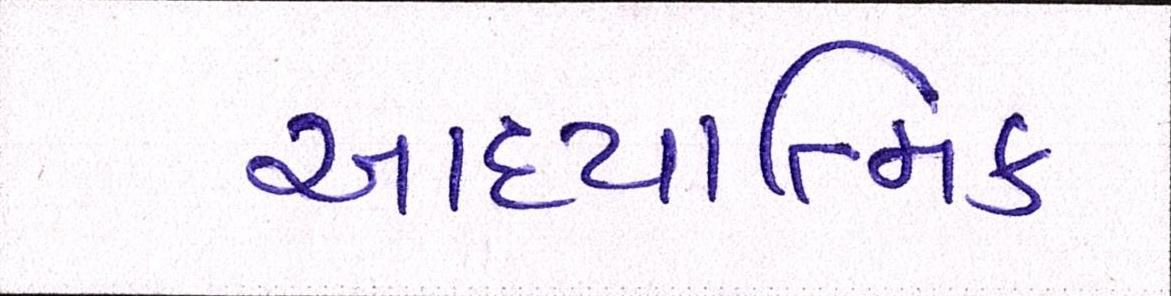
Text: આધ્યાત્મિક